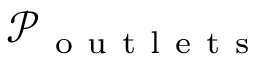
\mathcal { P } _ { \mathrm { ~ o ~ u ~ t ~ l ~ e ~ t ~ s ~ } }